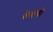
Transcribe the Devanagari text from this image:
केमची